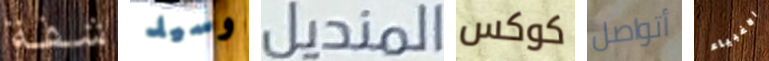
شفة وسيد المنديل كوكس أتواصل الاغبياء